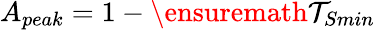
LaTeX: A_{peak}=1-\ensuremath{\mathcal{T}}_{Smin}